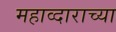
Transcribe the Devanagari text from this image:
महाव्दाराच्या